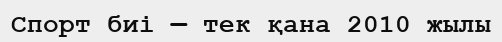
Спорт биі — тек қана 2010 жылы